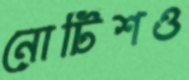
নোটিশও